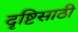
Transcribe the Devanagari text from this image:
दृष्टिसाठी